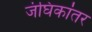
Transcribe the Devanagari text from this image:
जंघिकांतर